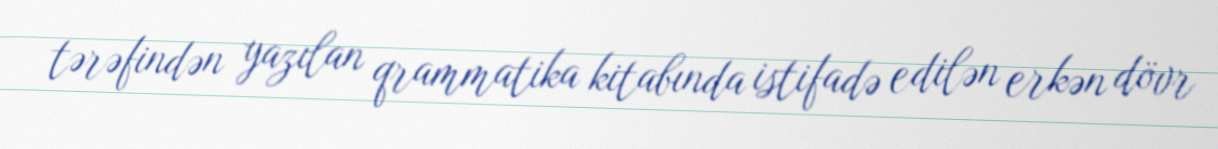
tərəfindən yazılan qrammatika kitabında istifadə edilən erkən dövr